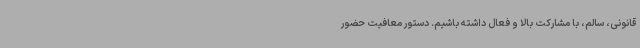
قانونی، سالم، با مشارکت بالا و فعال داشته باشیم. دستور معافیت حضور